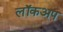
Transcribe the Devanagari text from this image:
लॉकअप